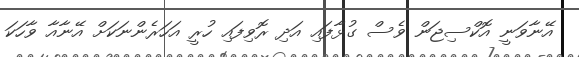
އޭނާވަނީ އޮކްސިޖަން ވެސް ގުޅާފައި އަދި ރޮވިފައި ހުރީ އަހަރެންނަކަށް އޭނާއާ ވާހަކަ